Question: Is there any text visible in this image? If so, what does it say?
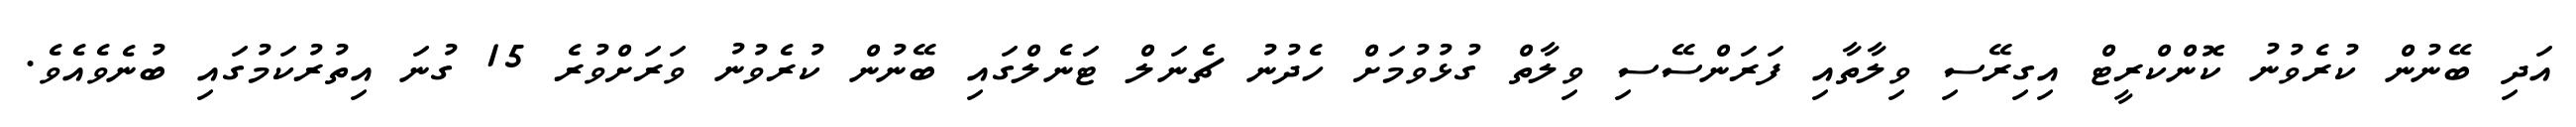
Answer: އަދި ބޭނުން ކުރެވުނު ކޮންކްރީޓް އިގިރޭސި ވިލާތާއި ފަރަންސޭސި ވިލާތް ގުޅުވުމަށް ހެދުނު ޗެނަލް ޓަނެލްގައި ބޭނުން ކުރެވުނު ވަރަށްވުރެ 15 ގުނަ އިތުރުކަމުގައި ބުނެވެއެވެ.